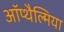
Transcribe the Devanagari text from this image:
ऑप्‍थैल्मिया